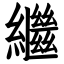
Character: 繼